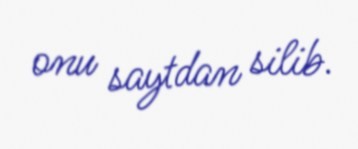
onu saytdan silib.